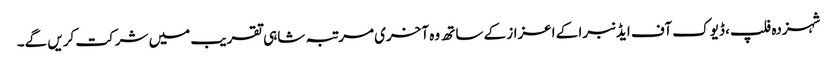
شہزدہ فلپ، ڈیوک آف ایڈنبرا کے اعزاز کے ساتھ وہ آخری مرتبہ شاہی تقریب میں شرکت کریں گے۔